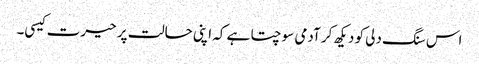
اس سنگ دلی کو دیکھ کر آدمی سوچتا ہے کہ اپنی حالت پر حیرت کیسی۔